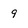
Character: 9